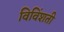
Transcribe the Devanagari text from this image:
विविंशती